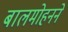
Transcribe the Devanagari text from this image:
बालमोहनने